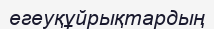
егеуқұйрықтардың